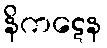
နိကဋေန